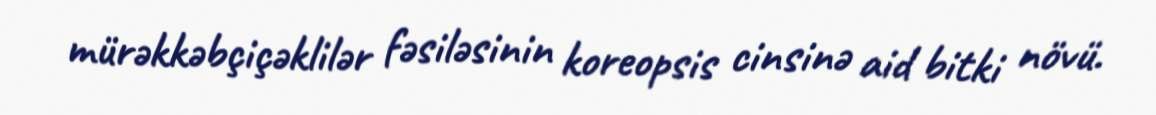
mürəkkəbçiçəklilər fəsiləsinin koreopsis cinsinə aid bitki növü.